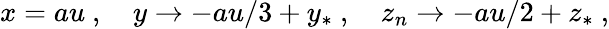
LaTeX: x=au\ ,\ \ \ \ y\rightarrow-au/3+y_{*}\ ,\ \ \ \ z_{n}\rightarrow-au/2+z_{*}\ ,